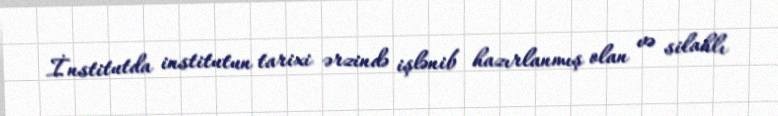
İnstitutda institutun tarixi ərzində işlənib hazırlanmış olan və silahlı